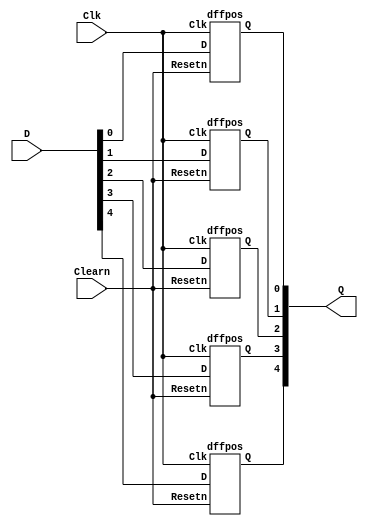
module reg5b(D, Clk, Clearn, Q);
input [4:0]D;
input Clearn;
input Clk;
output [4:0]Q;

dffpos d1(D[0], Clk, Clearn, Q[0]);
dffpos d2(D[1], Clk, Clearn, Q[1]);
dffpos d3(D[2], Clk, Clearn, Q[2]);
dffpos d4(D[3], Clk, Clearn, Q[3]);
dffpos d5(D[4], Clk, Clearn, Q[4]);

endmodule

module dffpos(D, Clk, Resetn, Q);
input D, Clk, Resetn;
output reg Q;
always@(negedge Resetn or posedge Clk)
	if(!Resetn)
		Q <= 0;
	else if(Clk)
		Q <= D;
endmodule